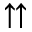
\upuparrows